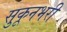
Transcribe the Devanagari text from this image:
सुकूनभरी